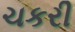
ચકરી